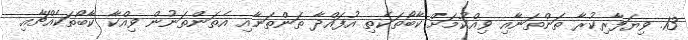
13. ވިޔަފާރިކުރާ ތަންތަނާއި ވިއްކުމަށް ކާބޯތަކެތި އުފައްދާ ތަންތަނާއި އެތަންތަނުން ވިއްކާ ކާބޯތަކެއްޗާއި